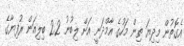
އެގޮތުން މިދިޔަ ތިން މަހުގެ އާމްދަނީ އަށް ލިބުނު 2.2 ބިލިއަން ރުފިޔާގެ